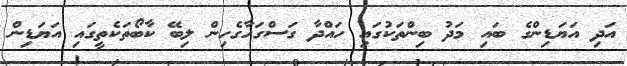
އަދި އަޔަޑިންގެ ބައި މަދު ބިންތަކުގައި ހައްދާ ގަސްގަހާގެހިން ލިބޭ ކާބޯތަކެތީގައި އަޔަޑިން